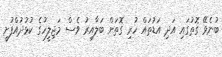
ބުނެވޭ ގޮތުގައި އަދި އަޑުތައް ހުރި ގޮތަށް ބަލާއިރު ވެސް މަޖިލީހުގެ ކުޅުދުއްފުށީ